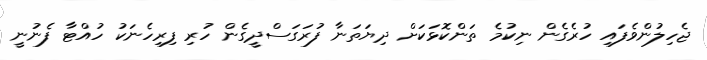
ޖެހިލުންވެފައި ހުރެގެން ނިކުމެ ތަންކޮޅަކަށް ދިޔަތަނާ ފުރަގަސްދީގެން ހުރި ފިރިހެނަކު ހުއްޓާ ފެނުނީ